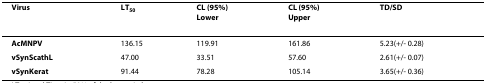
<table><thead><tr><td><b>Virus</b></td><td><b>LT<sub>50</sub></b></td><td><b>CL (95%)Lower</b></td><td><b>CL (95%)Upper</b></td><td><b>TD/SD</b></td></tr></thead><tbody><tr><td><b>AcMNPV</b></td><td>136.15</td><td>119.91</td><td>161.86</td><td>5.23(+/- 0.28)</td></tr><tr><td><b>vSynScathL</b></td><td>47.00</td><td>33.51</td><td>57.60</td><td>2.61(+/- 0.07)</td></tr><tr><td><b>vSynKerat</b></td><td>91.44</td><td>78.28</td><td>105.14</td><td>3.65(+/- 0.36)</td></tr></tbody></table>